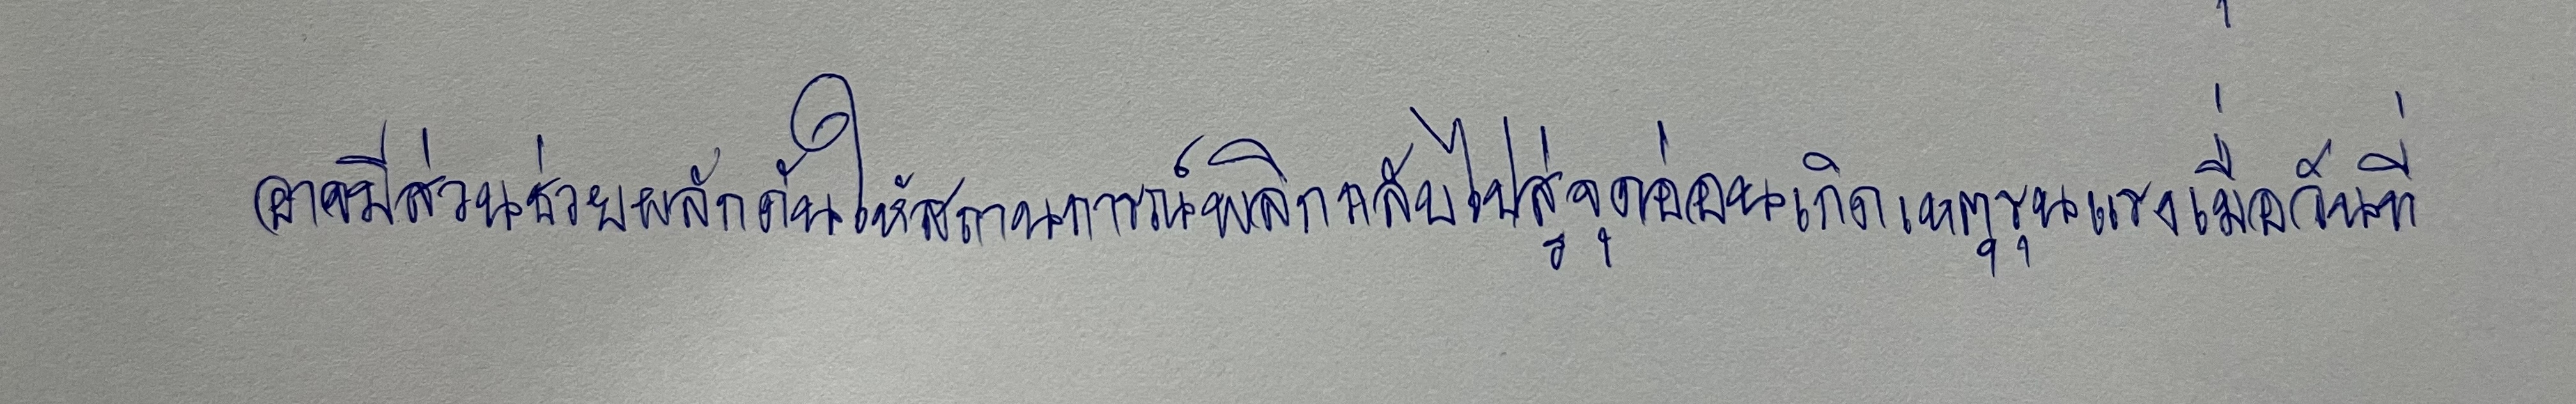
อาจมีส่วนช่วยผลักดันให้สถานการณ์พลิกกลับไปสู่จุดก่อนเกิดเหตุรุนแรงเมื่อวันที่